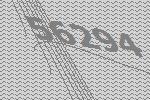
56294